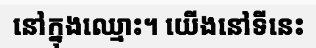
នៅក្នុងឈ្មោះ។ យើងនៅទីនេះ